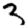
Digit: 3